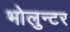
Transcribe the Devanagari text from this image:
भोलुन्टर